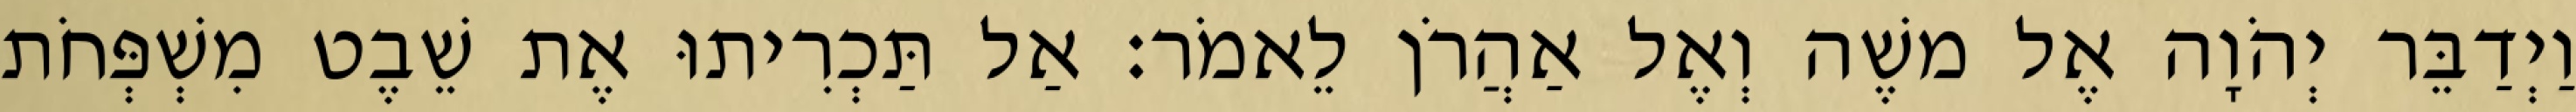
וַיְדַבֵּר יְהֹוָה אֶל משֶׁה וְאֶל אַהֲרֹן לֵאמֹר׃ אַל תַּכְרִיתוּ אֶת שֵׁבֶט מִשְׁפְּחֹת